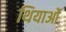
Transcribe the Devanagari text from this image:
थियाओं